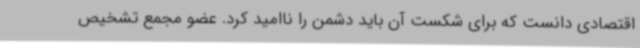
اقتصادی دانست که برای شکست آن باید دشمن را ناامید کرد. عضو مجمع تشخیص